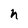
Character: h